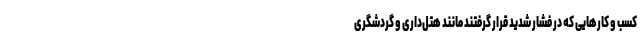
کسب و کارهایی که در فشار شدید قرار گرفتند مانند هتل‌داری و گردشگری